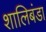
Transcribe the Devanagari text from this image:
शालिबंडा